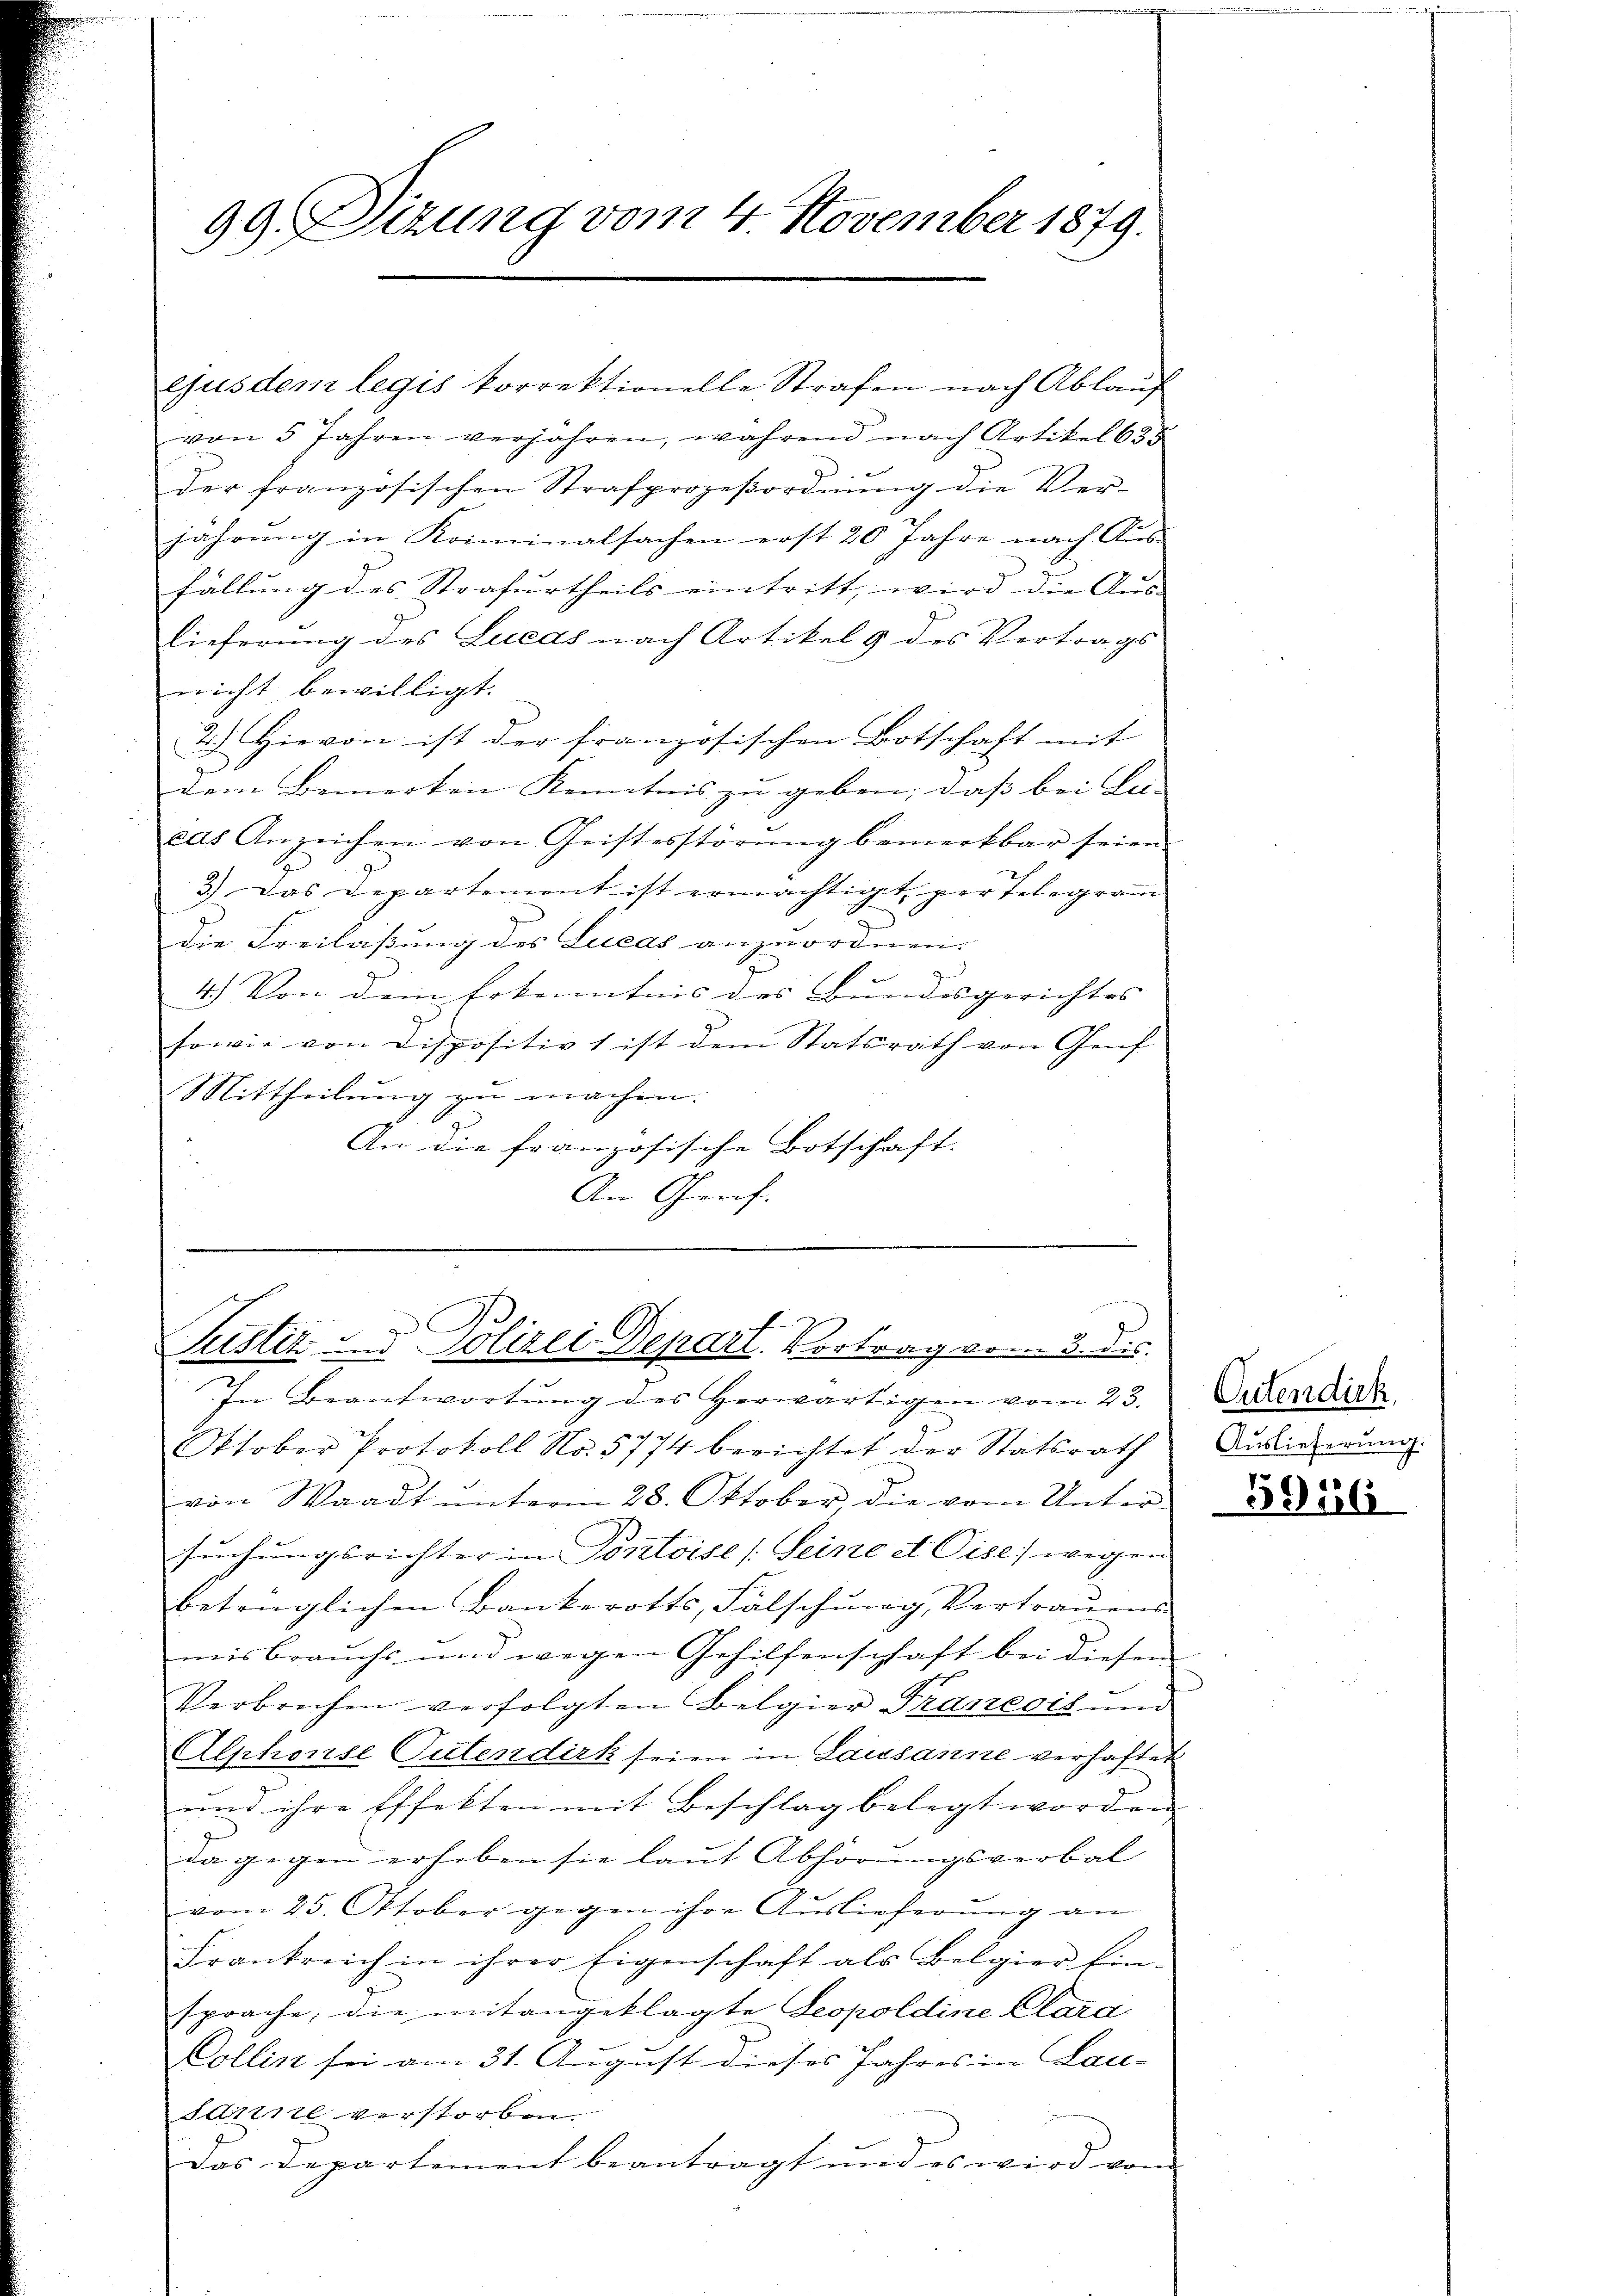
99. Sizung vom 4. November 1879.

ejusdem legis korrektionelle Strafen nach Ablauf
von 5 Jahren verjahren, während nach Artikel 635
der französischen Strafprozeβordnŭng die Ver-
jahrŭng in Kriminalsachen erst 20 Jahre nach Aus-
fällung des Strafurtheils eintritt, wird die Aus-
Lieferung des Lueds nach Artikel 9 des Vertrags
nicht bewilligt.
2.) Hievon ist der französischen Botschaft mit
dem Bemerken Kenntnis zu geben, daß bei Be- |
eas Anzeichen von Geistesstörŭng bemerkbar seien
3.) Das Departement ist ermächtigt, per Telegram
die Freilassung des Lucas anzuordnen.
4.) Von dem Erkenntnis des Bundesgerichtes
sowie von Dispositiv 1 ist dem Statsrath von Genf
Mittheilung zu machen.
An die französische Botschaft.
An Genf.

Justiz im Polizei-Depart. Vortrag vom 3. dis

In Beantwortŭng des herwärtigen vom 23.
Oktober Protokoll No. 5774 berichtet der Statsrath
von Waadt ŭnterm 28. Oktober die vom Unter-
suchungsrichter in Pontoisl (Seine et Pise) wegen
betraglichen Bankerotts, Falschŭng, Vertraŭens
misbrauchs und wegen Gehilfenschaft bei diesen
Verbrechen verfolgten Belgier Tranesis und
Alphonse Pulendirk seien in Lausanne verhaftet
und ihre Effekten mit Beschlag belegt worden
dagegen erheben sie laut Abhörungsverbal
vom 25. Oktober gegen ihre Auslieferung an
Frankreich in ihrer Eigenschaft als Belgier Ein-
sprache; die mitangeklagte Leopoldine Clara
Collen sei am 31. August dieses Jahres in Lau-
saniel verstorben.
Das Departement beantragt und es wird vom

Cutendirk.
Auslieferung.

5946